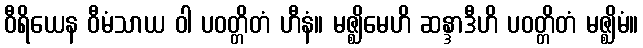
ဝီရိယေန ဝီမံသာယ ဝါ ပဝတ္တိတံ ဟီနံ။ မဇ္ဈိမေဟိ ဆန္ဒာဒီဟိ ပဝတ္တိတံ မဇ္ဈိမံ။